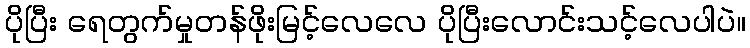
ပိုပြီး ရေတွက်မှုတန်ဖိုးမြင့်လေလေ ပိုပြီးလောင်းသင့်လေပါပဲ။